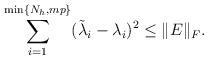
LaTeX: \begin{align*} \sum_{i=1}^{\min\{N_h, mp\}}( \tilde \lambda_i -\lambda_i )^2 \le \lVert E \rVert_F. \end{align*}